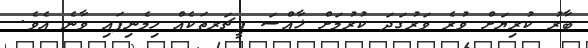
ބާރު ކުރިޔަށް ވުރެ ވަރުގަދަ ކުރުމަށް ޚާއްސަ ފީޗަރތަކެއް ހިމެނިފައި ވާނެ އެވެ.